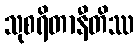
သုစရိတာနီတိဿ